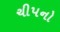
ચીપનો